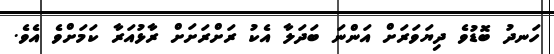
ހަނދު ބޮޑުވެ ދިޔަވަރަށް އަންނަ ބަދަލާ އެކު ރަށްރަށަށް ރާޅުއަރާ ކަމަށްވެ އެވެ.